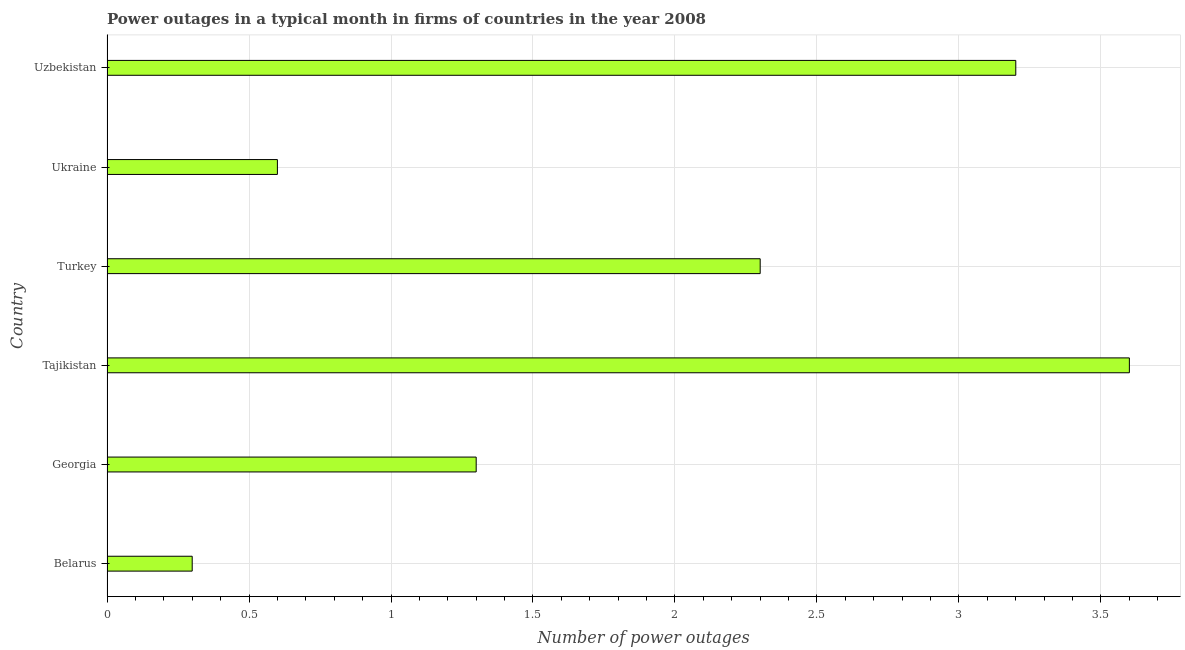
| Country | Power outages |
 | --- | --- |
 | Belarus | 0.3 |
 | Georgia | 1.3 |
 | Tajikistan | 3.6 |
 | Turkey | 2.3 |
 | Ukraine | 0.6 |
 | Uzbekistan | 3.2 |